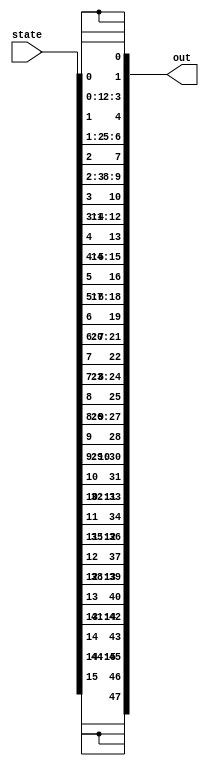
/*
   This file was generated automatically by Alchitry Labs version 1.2.7.
   Do not edit this file directly. Instead edit the original Lucid source.
   This is a temporary file and any changes made to it will be destroyed.
*/

module display_encoder_9 (
    input [15:0] state,
    output reg [47:0] out
  );
  
  
  
  always @* begin
    out[0+0+2-:3] = {2'h3{state[0+0-:1]}};
    out[0+3+2-:3] = {2'h3{state[1+0-:1]}};
    out[0+6+2-:3] = {2'h3{state[2+0-:1]}};
    out[0+9+2-:3] = {2'h3{state[3+0-:1]}};
    out[12+0+2-:3] = {2'h3{state[4+0-:1]}};
    out[12+3+2-:3] = {2'h3{state[5+0-:1]}};
    out[12+6+2-:3] = {2'h3{state[6+0-:1]}};
    out[12+9+2-:3] = {2'h3{state[7+0-:1]}};
    out[24+0+2-:3] = {2'h3{state[8+0-:1]}};
    out[24+3+2-:3] = {2'h3{state[9+0-:1]}};
    out[24+6+2-:3] = {2'h3{state[10+0-:1]}};
    out[24+9+2-:3] = {2'h3{state[11+0-:1]}};
    out[36+0+2-:3] = {2'h3{state[12+0-:1]}};
    out[36+3+2-:3] = {2'h3{state[13+0-:1]}};
    out[36+6+2-:3] = {2'h3{state[14+0-:1]}};
    out[36+9+2-:3] = {2'h3{state[15+0-:1]}};
  end
endmodule